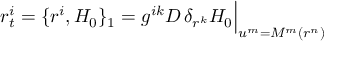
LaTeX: r _ { t } ^ { i } = \{ r ^ { i } , H _ { 0 } \} _ { 1 } = g ^ { i k } D \, \delta _ { r ^ { k } } H _ { 0 } \Big | _ { u ^ { m } = M ^ { m } ( r ^ { n } ) }